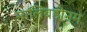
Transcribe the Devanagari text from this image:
मालिबडीनम